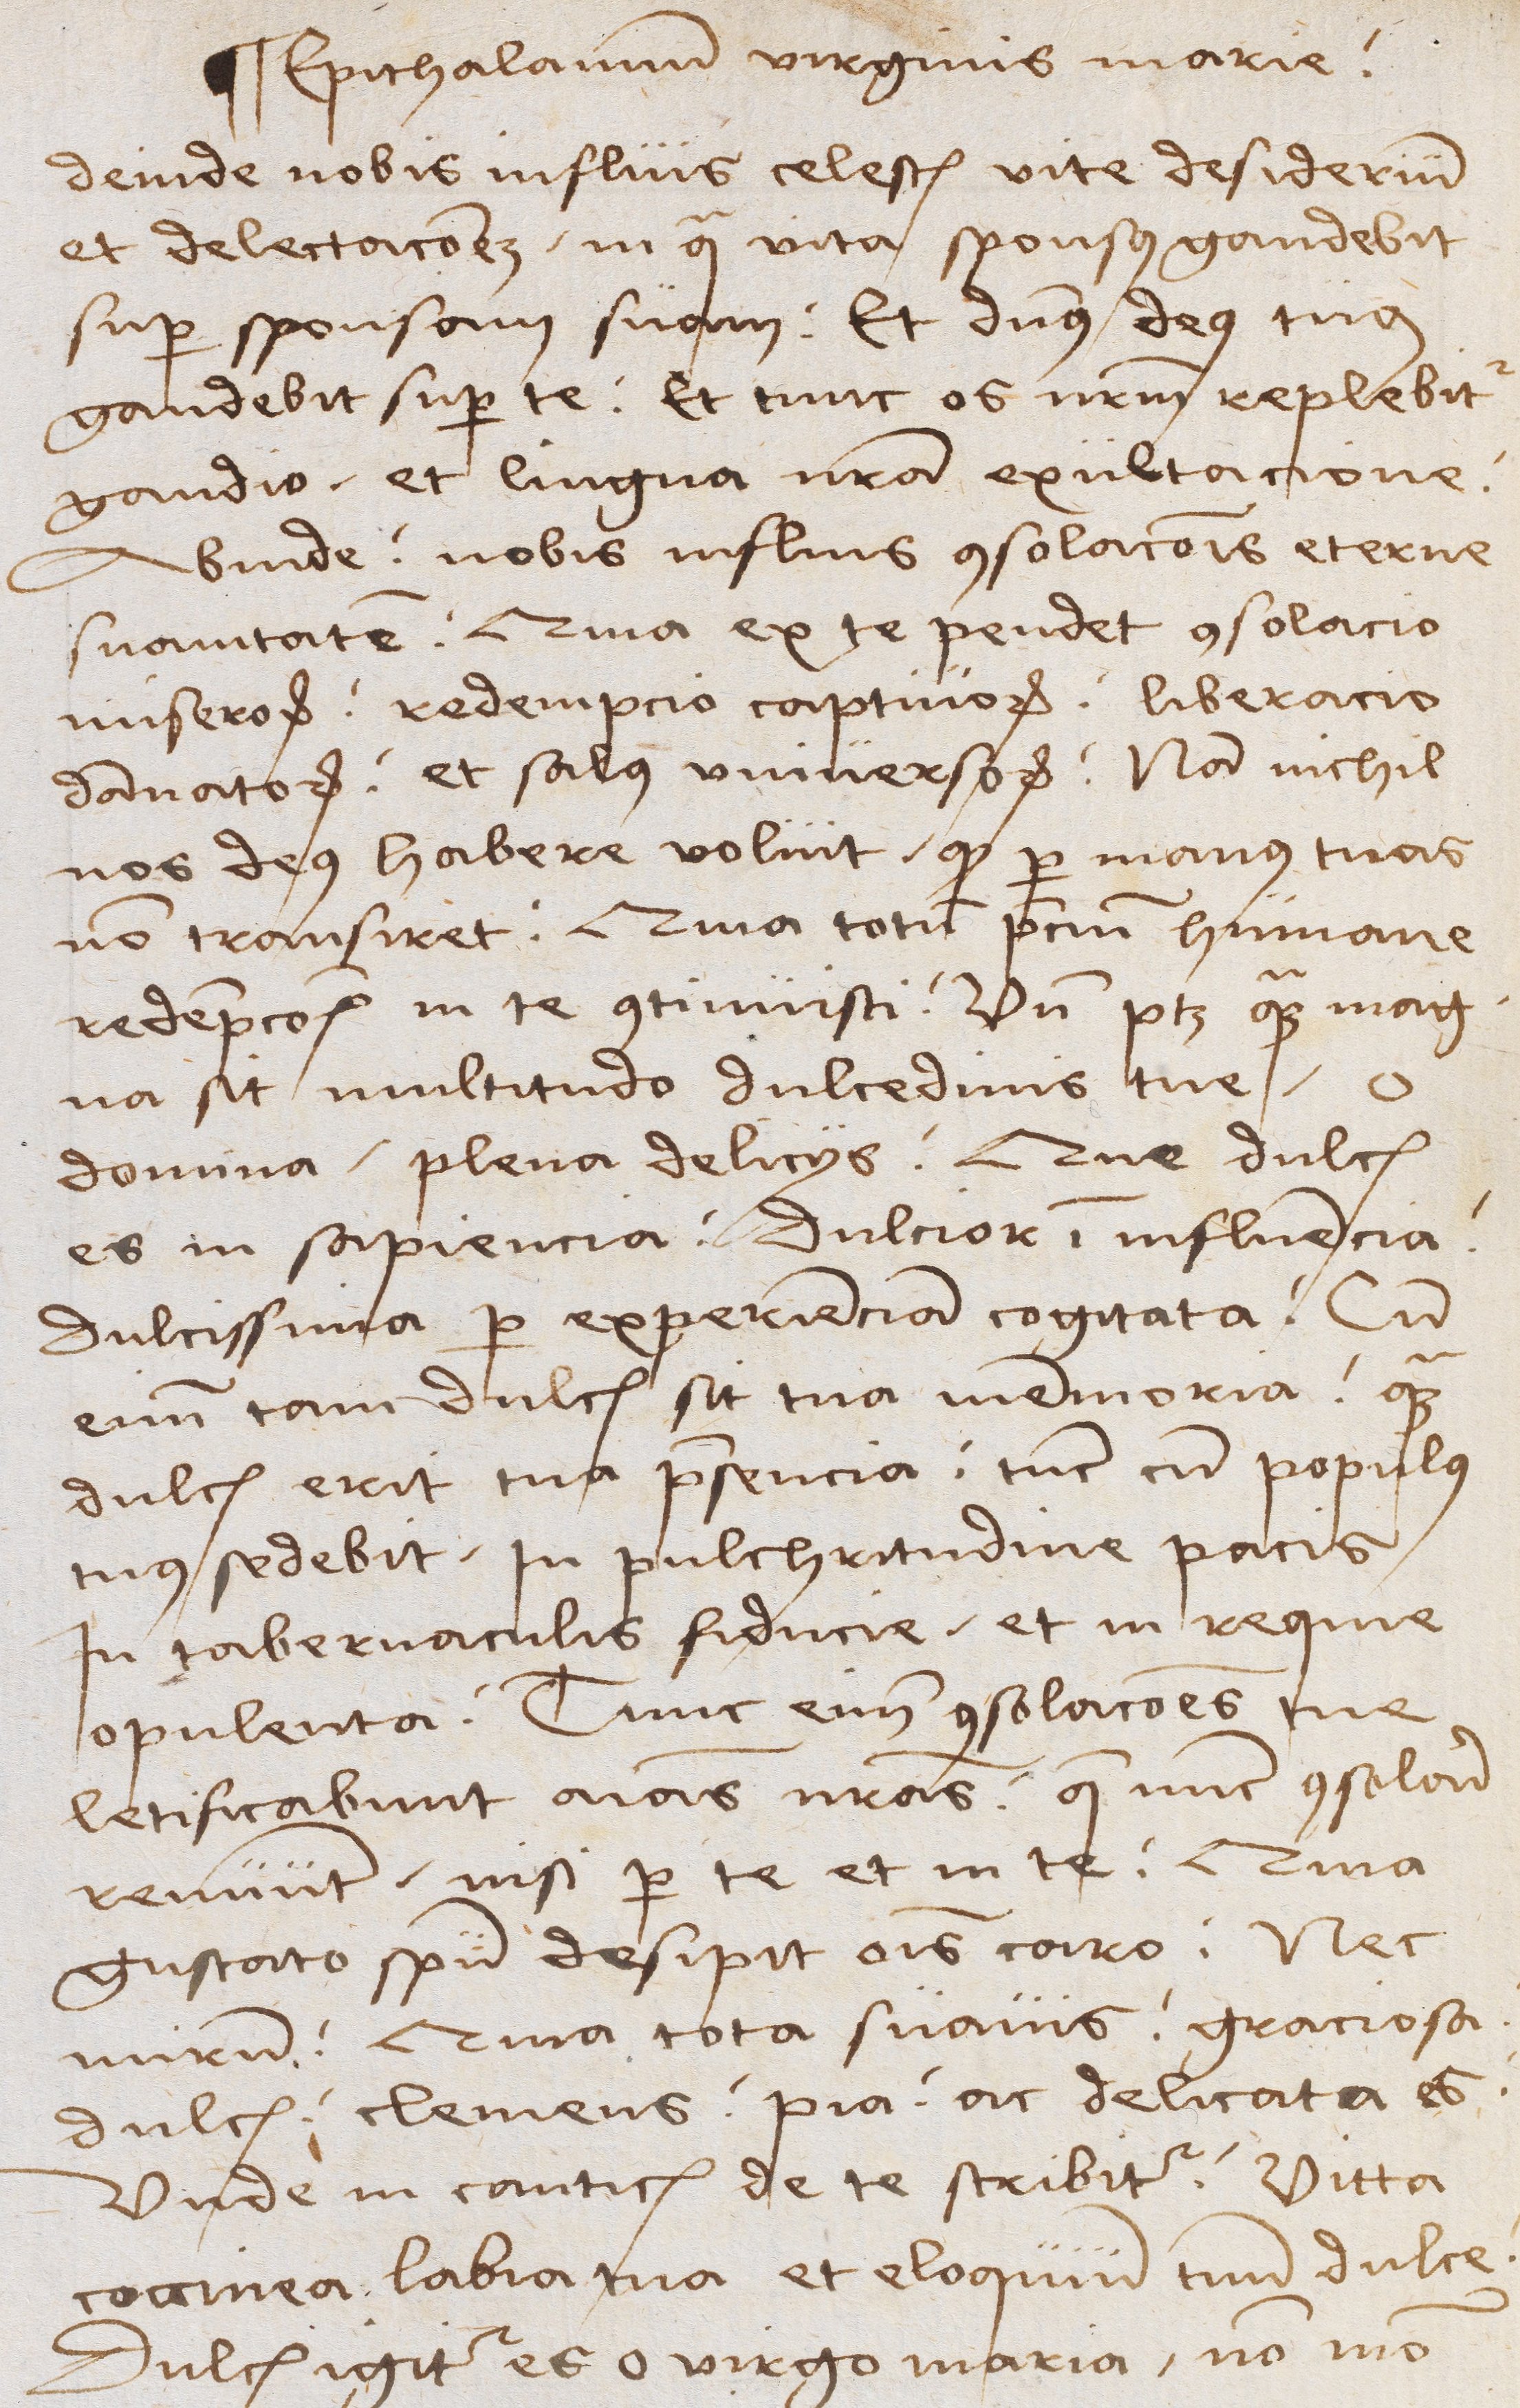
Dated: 1489–1489